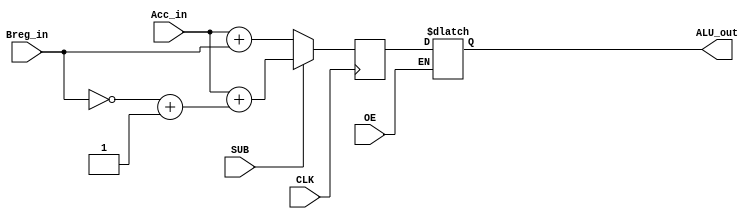
module AddSubtract	(output reg [7:0]ALU_out,
							 input wire [7:0]Acc_in,		// Accumulator input
							 input wire [7:0]Breg_in,		// B register input
							 input wire SUB,OE,CLK);		// Subtract,output enable,clock
			
reg [7:0]TB; 
reg [7:0]ALU_data;
	
always @(ALU_data or SUB or OE) begin
	if (OE) ALU_out <= ALU_data;			// output to bus
end

always @(posedge CLK) begin
	TB = ~Breg_in+1;						// Two's complement for subtraction
	
	if (SUB) begin
		ALU_data <= Acc_in + $signed(TB);
	end else begin
		ALU_data <= Acc_in + Breg_in;
	end
end

endmodule